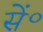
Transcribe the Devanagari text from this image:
सें॰